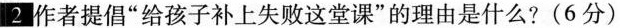
2作者提倡”给孩子补上失败这堂课”的理由是什么?(6分)